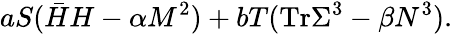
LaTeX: aS(\bar{H}H-\alpha M^{2})+bT(\mathrm{Tr}\Sigma^{3}-\beta N^{3}).